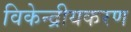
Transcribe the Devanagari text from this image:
विकेन्द्रीयकरण